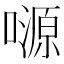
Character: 𡀶